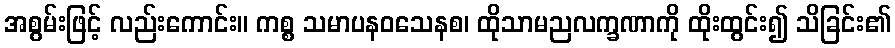
အစွမ်းဖြင့် လည်းကောင်း။ ကစ္စ သမာပနဝသေနစ၊ ထိုသာမညလက္ခဏာကို ထိုးထွင်း၍ သိခြင်း၏